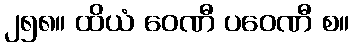
၂၅၈။ ထိယံ ဝေဏီ ပဝေဏီ စ။